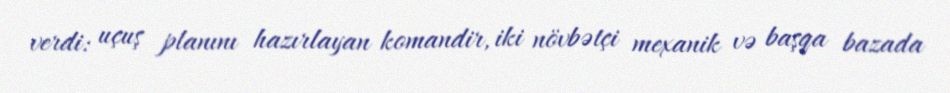
verdi: uçuş planını hazırlayan komandir, iki növbətçi mexanik və başqa bazada